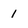
Character: 1